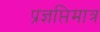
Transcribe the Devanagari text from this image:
प्रज्ञप्तिमात्र